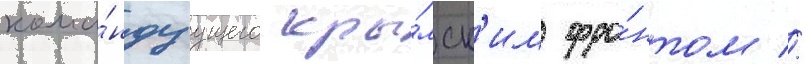
кома́ндуущего кры́мск'им фро́нтом //